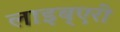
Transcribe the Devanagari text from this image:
लाइब्एरी